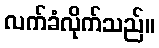
လက်ခံလိုက်သည်။